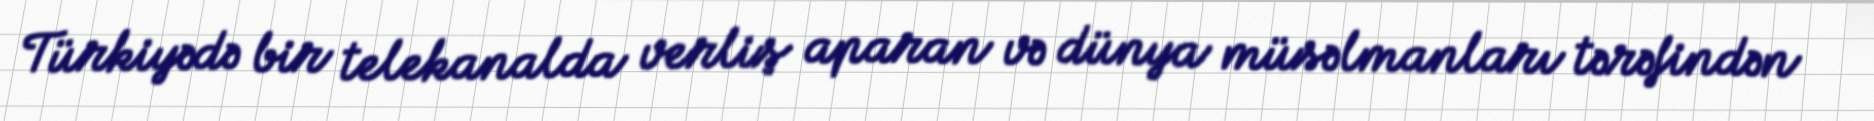
Türkiyədə bir telekanalda verliş aparan və dünya müsəlmanları tərəfindən